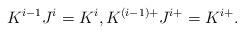
LaTeX: \begin{align*}K^{i-1}J^{i}=K^{i},K^{(i-1)+}J^{i+}=K^{i+}.\end{align*}